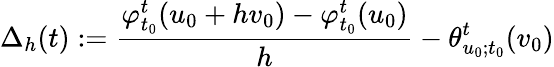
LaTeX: \Delta_{h}(t):=\frac{\varphi_{t_{0}}^{t}(u_{0}+hv_{0})-\varphi_{t_{0}}^{t}(u_{0})}{h}-\theta_{u_{0};t_{0}}^{t}(v_{0})